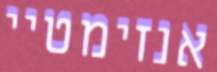
אנזימטיי